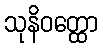
သုနိဝတ္ထော